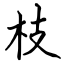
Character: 枝